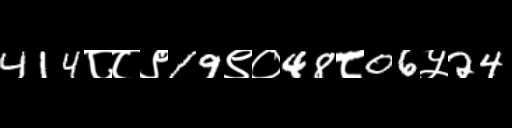
Text: 414८८९19९०48८06५24